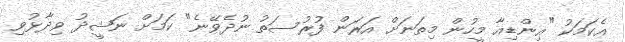
އެކަމަކު "އިންޑިއާ މީހުން މިތަނަށް އަރަން ފުރުސަތު ނުދެވޭނެ" ކަމަށް ނަޝީދު ވިދާޅުވި